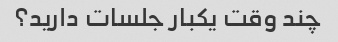
چند وقت یکبار جلسات دارید؟